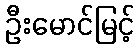
ဦးမောင်မြင့်